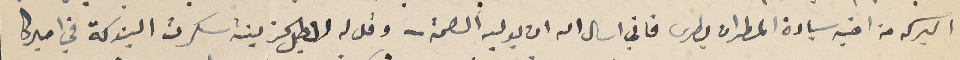
البركه من اخيه سيادة المطران بطرس فاني اسال الله ان يوليه الصحة - وقل له لاجل الحزينة سكرت البنوكة في اميركا